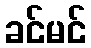
ခင်မင်